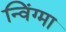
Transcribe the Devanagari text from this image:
न्विंग्मा